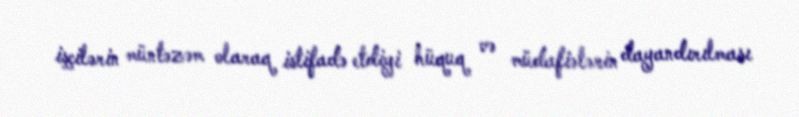
işçilərin müntəzəm olaraq istifadə etdiyi hüquq və müdafiələrin dayandırılması